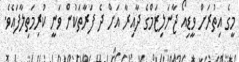
މީގެ އިތުރަށް ވީޑިއޯ ޖާނަލިޒަމްގެ ދާއިރާ އަށް ދެ ފަރާތަކުން ވަނީ ކުރިމަތިލާފައެވެ.